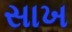
સાખ